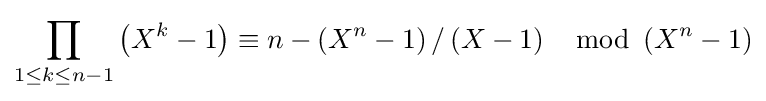
\prod _{1\leq k\leq n-1}\left(X^{k}-1\right)\equiv n-\left(X^{n}-1\right)/\left(X-1\right)\mod \left(X^{n}-1\right)